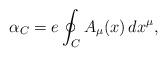
LaTeX: \begin{align*}\alpha_C = e \oint_C A_\mu(x)\, dx^\mu,\end{align*}